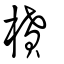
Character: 橨